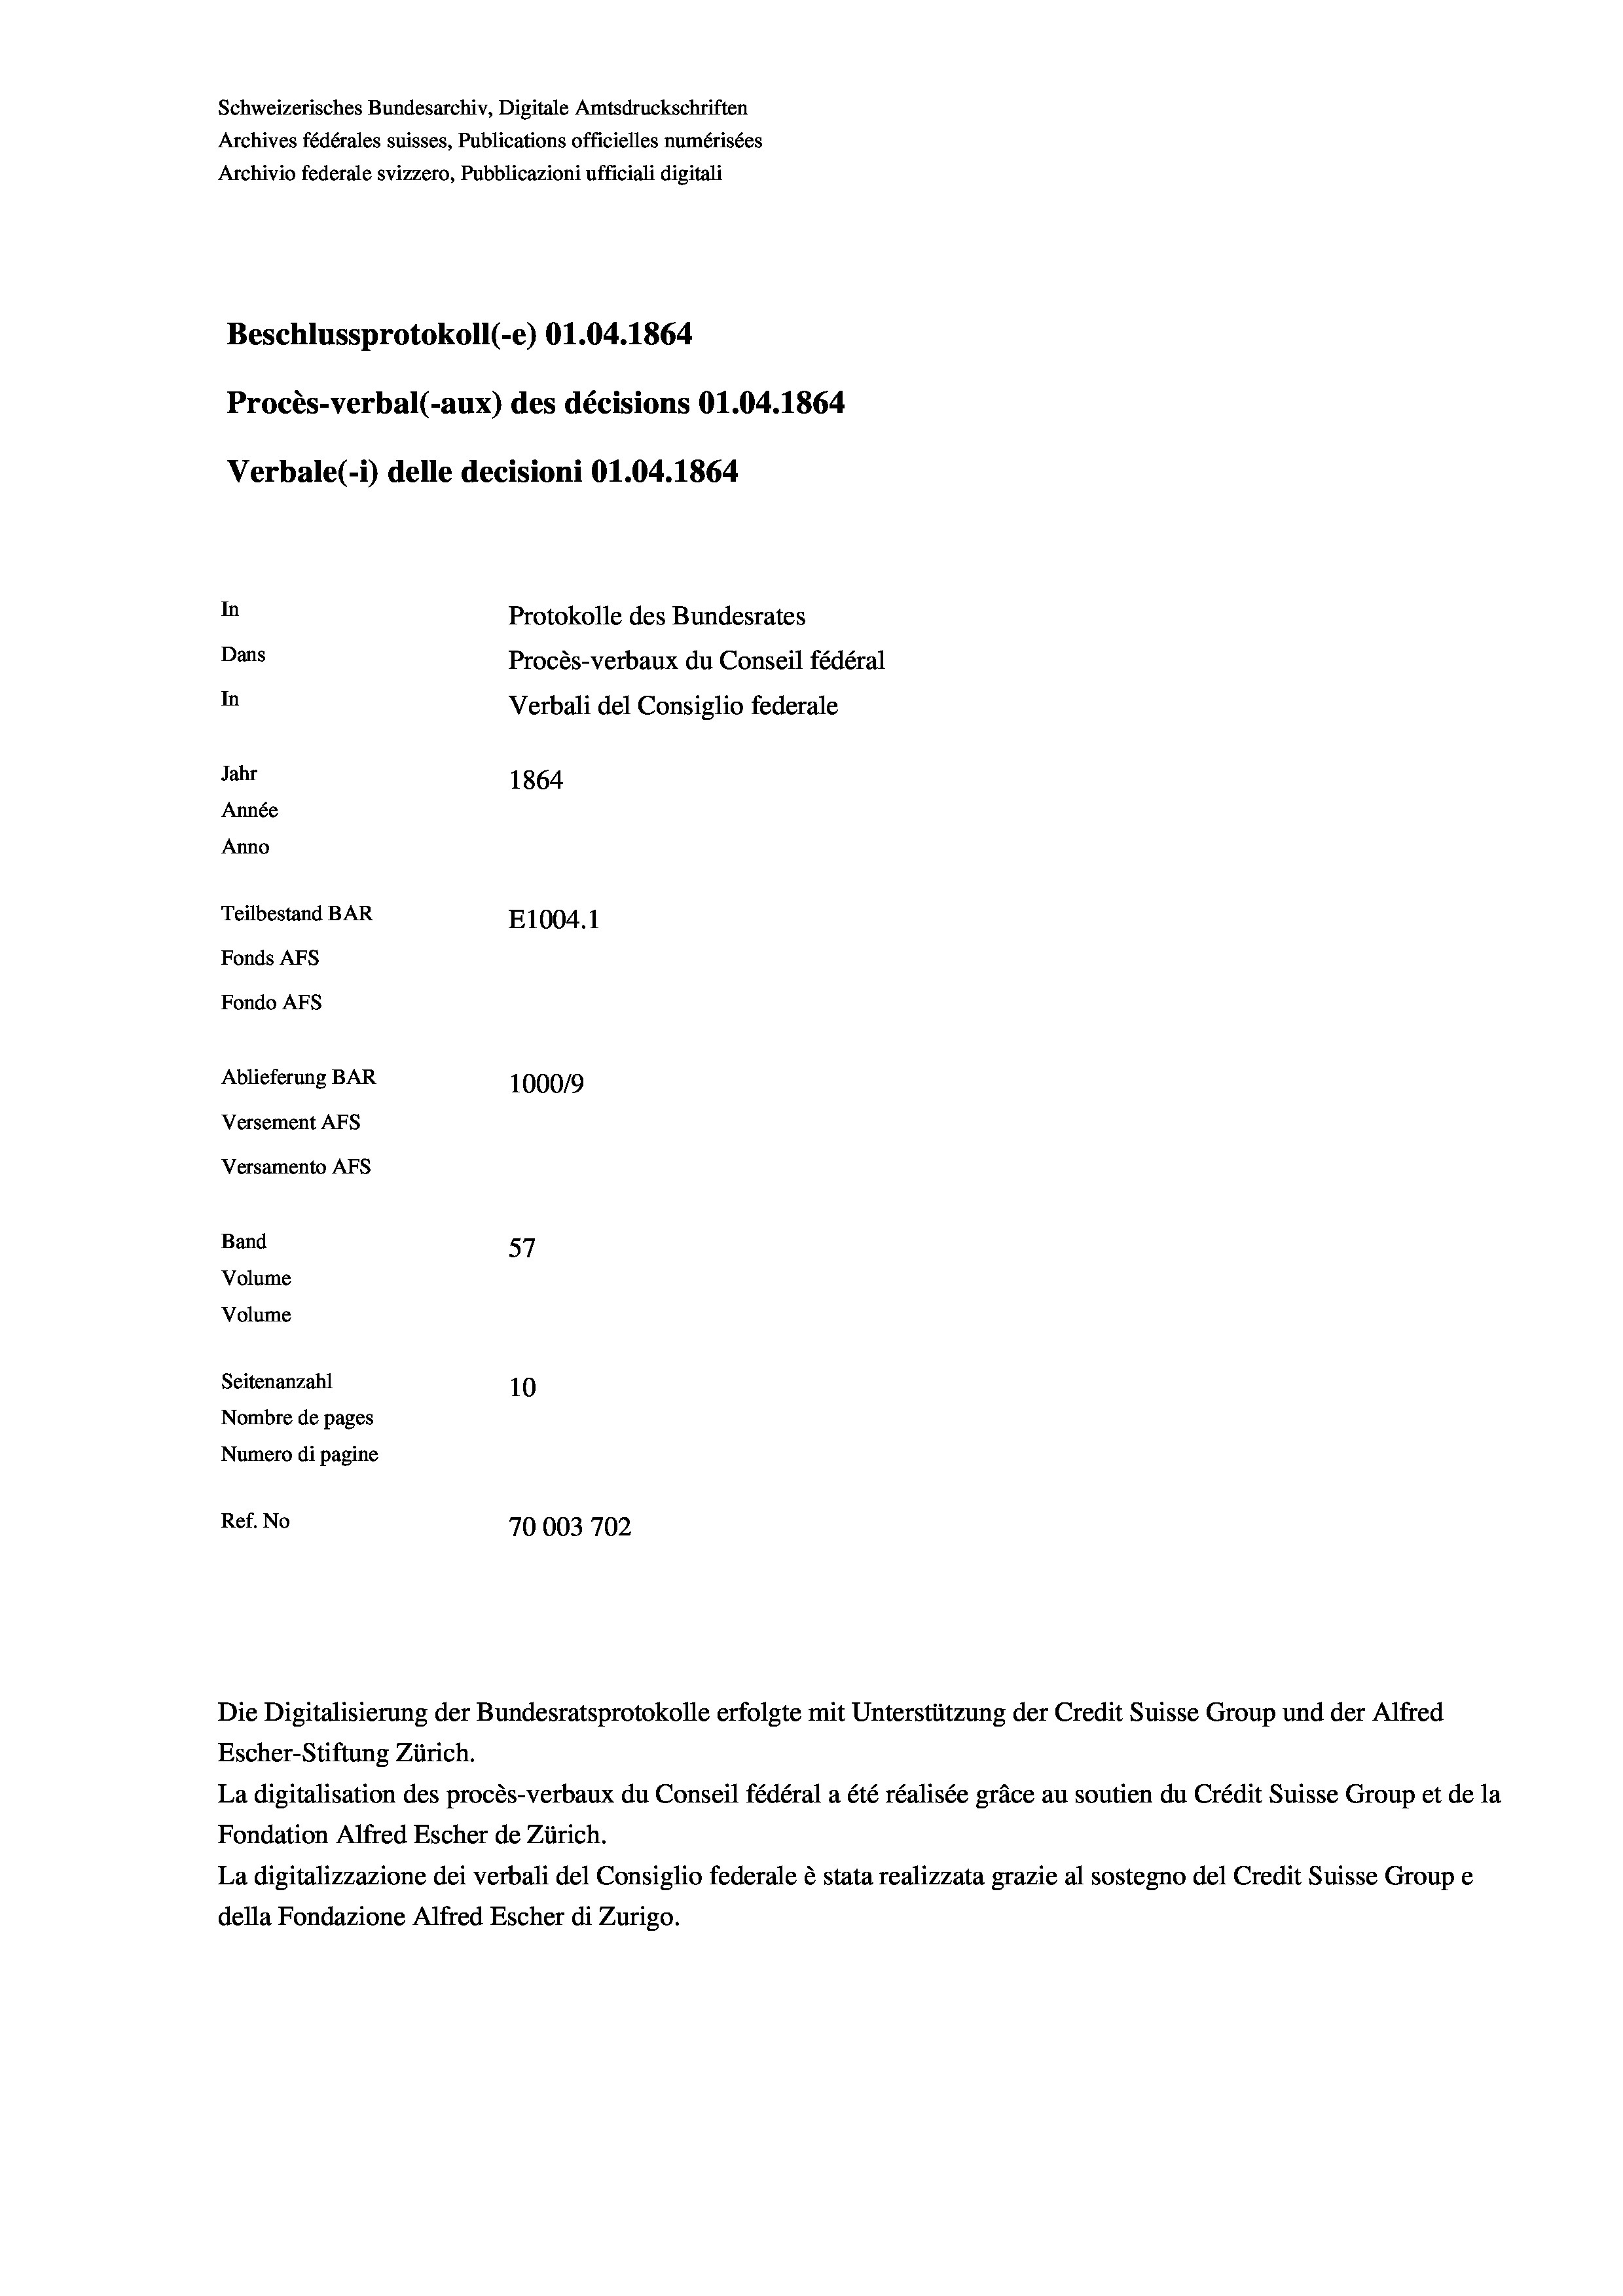
Schweizerisches Bundesarchiv, Digitale Amtsdruckschriften
Archives fédérales suisses, Publications officielles numérisées
Archivio federale svizzero, Pubblicazioni ufficiali digitali
Beschlussprotokoll (-e) 01.04. 1864
Procès-verbal (-aux) des décisions 01.04. 1864
Verbale (i) delle decisioni O1.04. 1864
In
Protokolle des Bundesrates
Dans
Procès-verbaux du Conseil fédéral
In
Verbali del Consiglio federale
Jahr
1864
Année
Anno
Teilbestand BAR
E1004.1
Fonds Afs
Fondo AFs
Ablieferung BAR
1000/9
Versement Abs
Versamento Afs

Band
Volume
Volume

.
57
Seitenanzahl
10
Nombre de pages
Numero di pagine
Ref. No
70003702

Escher-Stiftung Zürich.
La digitalisation des procès-verbaux du Conseil fédéral a été réalisée gräce au soutien du Crédit Suisse Group et de la
Fondation Alfred Escher de Zürich.
La digitalizzazione dei verbali del Consiglio federale è stata realizzata grazie al sostegno del Credit Suisse Groupe
della Fondazione Alfred Escher di Zurigo.

Die Digitalisierung der Bundesratsprotokolle erfolgte mit Unterstützung der Credit Suisse Group und der Alfred